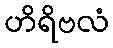
ဟိရိဗလံ